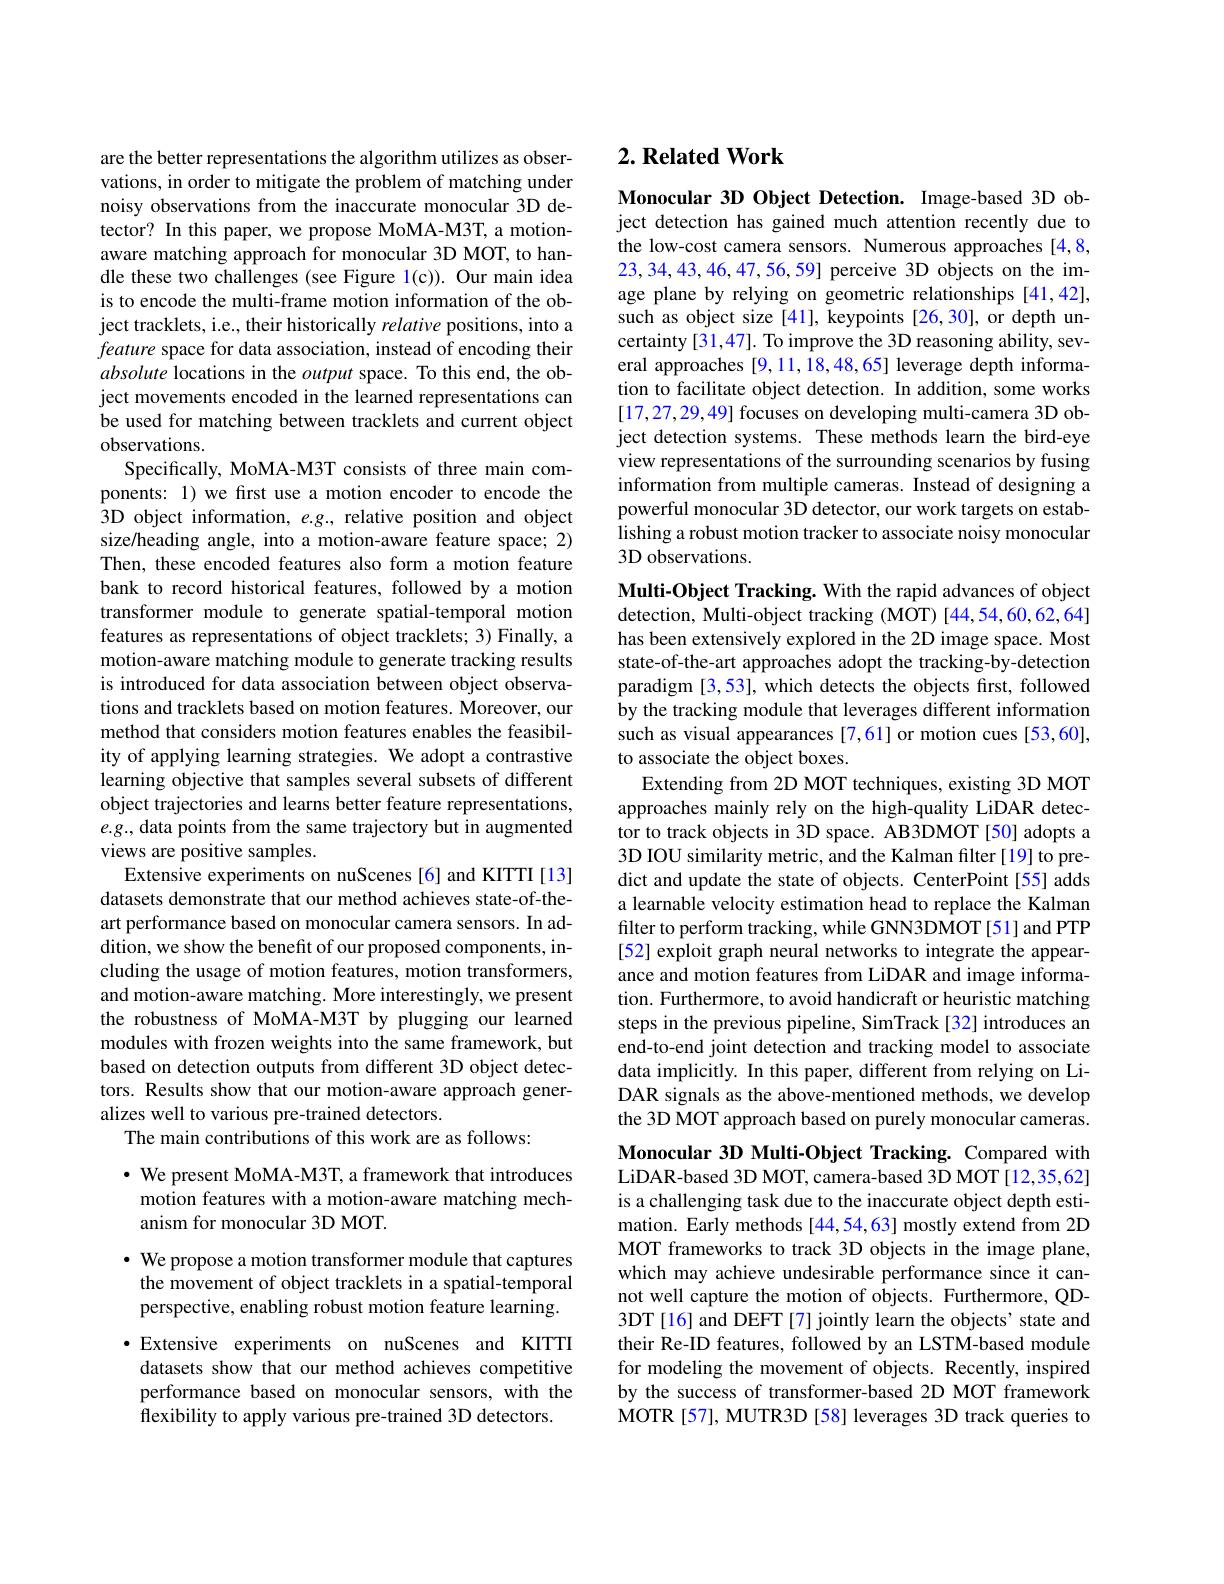
are the better representations the algorithm utilizes as observations, in order to mitigate the problem of matching under noisy observations from the inaccurate monocular 3D detector? In this paper, we propose MoMA-M3T, a motionaware matching approach for monocular 3D MOT, to handle these two challenges (see Figure l(c)). Our main idea is to encode the multi-frame motion information of the object tracklets, i.e., their historically relative positions, into a feature space for data association, instead of encoding their absolute locations in the output space. To this end, the object movements encoded in the learned representations can be used for matching between tracklets and current object observations.
Specifically, MoMA-M3T consists of three main components: 1) we first use a motion encoder to encode the 3D object information, $e.g.$, relative position and object size/heading angle, into a motion-aware feature space; 2) Then, these encoded features also form a motion feature bank to record historical features, followed by a motion transformer module to generate spatial-temporal motion features as representations of object tracklets; 3) Finally, a motion-aware matching module to generate tracking results is introduced for data association between object observations and tracklets based on motion features. Moreover, our method that considers motion features enables the feasibility of applying learning strategies. We adopt a contrastive learning objective that samples several subsets of different object trajectories and learns better feature representations, $e.g.$, data points from the same trajectory but in augmented views are positive samples.
Extensive experiments on nuScenes [6] and KITTI [13] datasets demonstrate that our method achieves state-of-theart performance based on monocular camera sensors. In addition, we show the benefit of our proposed components, including the usage of motion features, motion transformers, and motion-aware matching. More interestingly, we present the robustness of MoMA-M3T by plugging our learned modules with frozen weights into the same framework, but based on detection outputs from different 3D object detectors. Results show that our motion-aware approach generalizes well to various pre-trained detectors
The main contributions of this work are as follows:
$\cdot$ We present MoMA-M3T, a framework that introduces

## motion features with a motion-aware matching mechanism for monocular 3D MOT.

$\cdot$ We propose a motion transformer module that captures the movement of object tracklets in a spatial-temporal perspective, enabling robust motion feature learning.

·Extensive experiments on nuScenes and KITTI
datasets show that our method achieves competitive performance based on monocular sensors, with the flexibility to apply various pre-trained 3D detectors.

# 2. Related Work

Monocular 3D Object Detection. Image-based 3D object detection has gained much attention recently due to the low-cost camera sensors. Numerous approaches [4,8, 23,34,43,46,47,56,59] perceive 3D objects on the image plane by relying on geometric relationships [41,42]. such as object size [41], keypoints [26,30], or depth uncertainty [31,47]. To improve the 3D reasoning ability, several approaches [9,11,18,48,65] leverage depth information to facilitate object detection. In addition, some works [17,27,29,49] focuses on developing multi-camera 3D object detection systems. These methods learn the bird-eye view representations of the surrounding scenarios by fusing information from multiple cameras. Instead of designing a powerful monocular 3D detector, our work targets on establishing a robust motion tracker to associate noisy monocular 3D observations.

Multi-Object Tracking. With the rapid advances of object detection, Multi-object tracking (MOT) [44,54,60,62,64] has been extensively explored in the 2D image space. Most state-of-the-art approaches adopt the tracking-by-detection paradigm [3,53], which detects the objects first, followed by the tracking module that leverages different information such as visual appearances [7,61] or motion cues [53,60], to associate the object boxes
Extending from 2D MOT techniques, existing 3D MOT approaches mainly rely on the high-quality LiDAR detector to track objects in 3D space. AB3DMOT [50] adopts a 3D IOU similarity metric, and the Kalman filter[19] to predict and update the state of objects. CenterPoint[55] adds a learnable velocity estimation head to replace the Kalman filter to perform tracking, while GNN3DMOT [51] and PTP [52] exploit graph neural networks to integrate the appearance and motion features from LiDAR and image information. Furthermore, to avoid handicraft or heuristic matching steps in the previous pipeline, SimTrack [32] introduces an end-to-end joint detection and tracking model to associate data implicitly. In this paper, different from relying on LiDAR signals as the above-mentioned methods, we develop the 3D MOT approach based on purely monocular cameras. Monocular 3D Multi-Object Tracking. Compared with LiDAR-based 3D MOT, camera-based 3D MOT [12,35,62] is a challenging task due to the inaccurate object depth estimation. Early methods [44,54,63] mostly extend from 2D MOT frameworks to track 3D objects in the image plane,

which may achieve undesirable performance since it cannot well capture the motion of objects. Furthermore, QD- 3DT [16] and DEFT [7] jointly learn the objects' state and their Re-ID features, followed by an LSTM-based module for modeling the movement of objects. Recently, inspired by the success of transformer-based 2D MOT framework MOTR [57], MUTR3D [58] leverages 3D track queries to